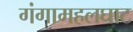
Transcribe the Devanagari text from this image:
गंगामहलघाट